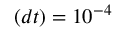
( d t ) = 1 0 ^ { - 4 }